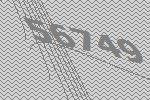
56749